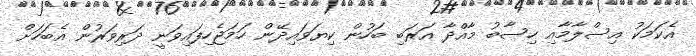
އެކަމަކު އިސްލާމާއި ހިސާބު މާއްދާ އަރަބި ބަހުން ކިޔަވައިދޭން ހަމަޖެހިފައިވަނީ ދަރިވަރުން އެބަހަށް